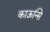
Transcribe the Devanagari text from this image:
काऊन्सि